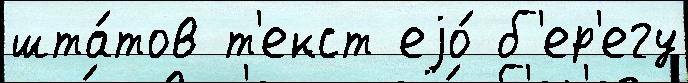
шта́тов т'екст еjо́ б'ер'егу